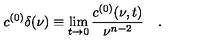
c ^ { ( 0 ) } \delta ( \nu ) \equiv \lim _ { t \to 0 } { \frac { c ^ { ( 0 ) } ( \nu , t ) } { \nu ^ { n - 2 } } } \quad .